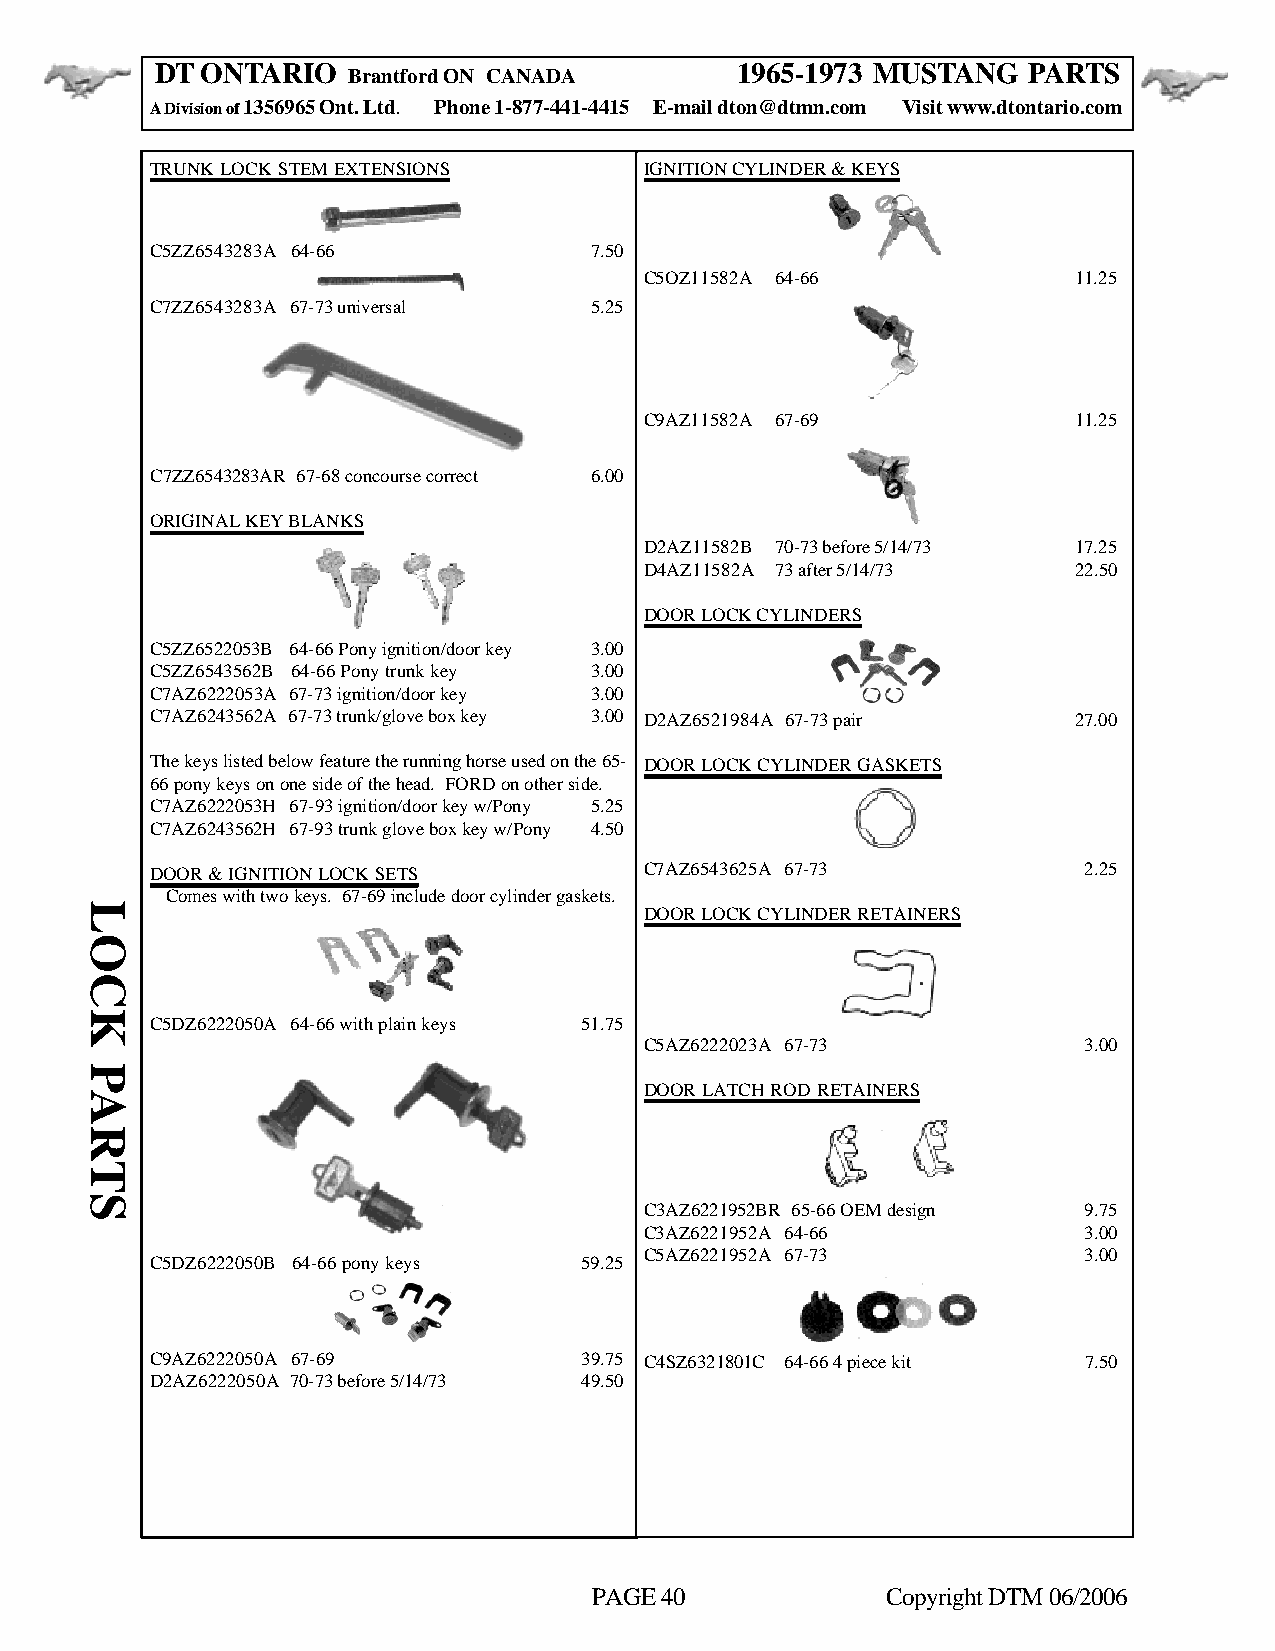
DT ONTARIO                             1965-1973 MUSTANG  PARTS
 Brantford ON CANADA
 A Division of 1356965 Ont. Ltd. Phone 1-877-441-4415 E-mail dton@dtmn.com Visit www.dtontario.com
 TRUNK LOCK STEM EXTENSIONS       IGNITION CYLINDER & KEYS
 C5ZZ6543283A 64-66           7.50
 C5OZ11582A 64-66            11.25
 C7ZZ6543283A 67-73 universal 5.25
 C9AZ11582A 67-69            11.25
 C7ZZ6543283AR 67-68 concourse correct 6.00
 ORIGINAL KEY BLANKS
 D2AZ11582B 70-73 before 5/14/73 17.25
 D4AZ11582A 73 after 5/14/73 22.50
 DOOR LOCK CYLINDERS
 C5ZZ6522053B 64-66 Pony ignition/door key 3.00
 C5ZZ6543562B 64-66 Pony trunk key 3.00
 C7AZ6222053A 67-73 ignition/door key 3.00
 C7AZ6243562A 67-73 trunk/glove box key 3.00 D2AZ6521984A 67-73 pair 27.00
 The keys listed below feature the running horse used on the 65- DOOR LOCK CYLINDER GASKETS
 66 pony keys on one side of the head. FORD on other side.
 C7AZ6222053H 67-93 ignition/door key w/Pony 5.25
 C7AZ6243562H 67-93 trunk glove box key w/Pony 4.50
 DOOR & IGNITION LOCK SETS        C7AZ6543625A 67-73           2.25
 Comes with two keys. 67-69 include door cylinder gaskets.
 DOOR LOCK CYLINDER RETAINERS
 C5DZ6222050A 64-66 with plain keys 51.75
 C5AZ6222023A 67-73           3.00
 DOOR LATCH ROD RETAINERS
 C3AZ6221952BR 65-66 OEM design 9.75
 C3AZ6221952A 64-66           3.00
 C5AZ6221952A 67-73           3.00
 C5DZ6222050B 64-66 pony keys 59.25
 C9AZ6222050A 67-69          39.75 C4SZ6321801C 64-66 4 piece kit 7.50
 D2AZ6222050A 70-73 before 5/14/73 49.50
 PAGE 40             Copyright DTM 06/2006
 LOCK
 PARTS